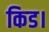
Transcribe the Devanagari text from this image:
किड।